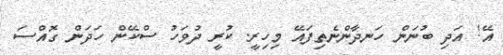
އޭ! އަދި ބުނަން ހަނދާންނެތިފައޭ މިހިރީ. ކުރީ ދުވަހު ސްކޭން ހަދަން ގޮއްސަ